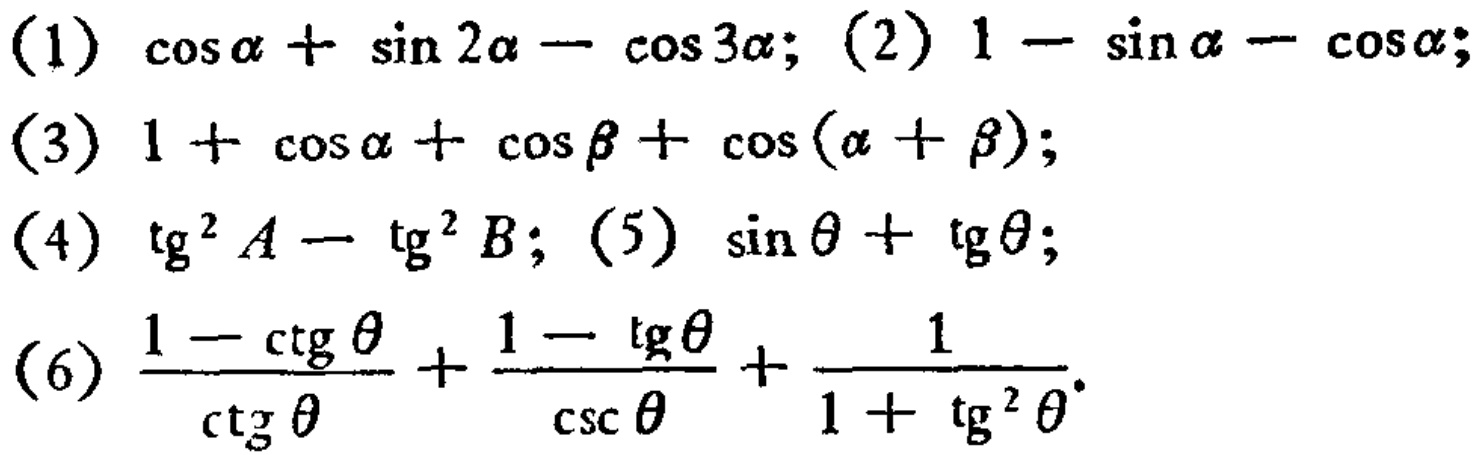
(1) \(\cos\alpha+\sin 2\alpha - \cos 3\alpha\); (2) \(1-\sin\alpha-\cos\alpha\);

(3) \(1 + \cos\alpha+\cos\beta+\cos(\alpha+\beta)\);

(4) \(\mathrm{tg}^{2}A-\mathrm{tg}^{2}B\); (5) \(\sin\theta+\mathrm{tg}\theta\);

(6) \(\frac{1 - \mathrm{ctg}\theta}{\mathrm{ctg}\theta}+\frac{1 - \mathrm{tg}\theta}{\mathrm{csc}\theta}+\frac{1}{1+\mathrm{tg}^{2}\theta}\)